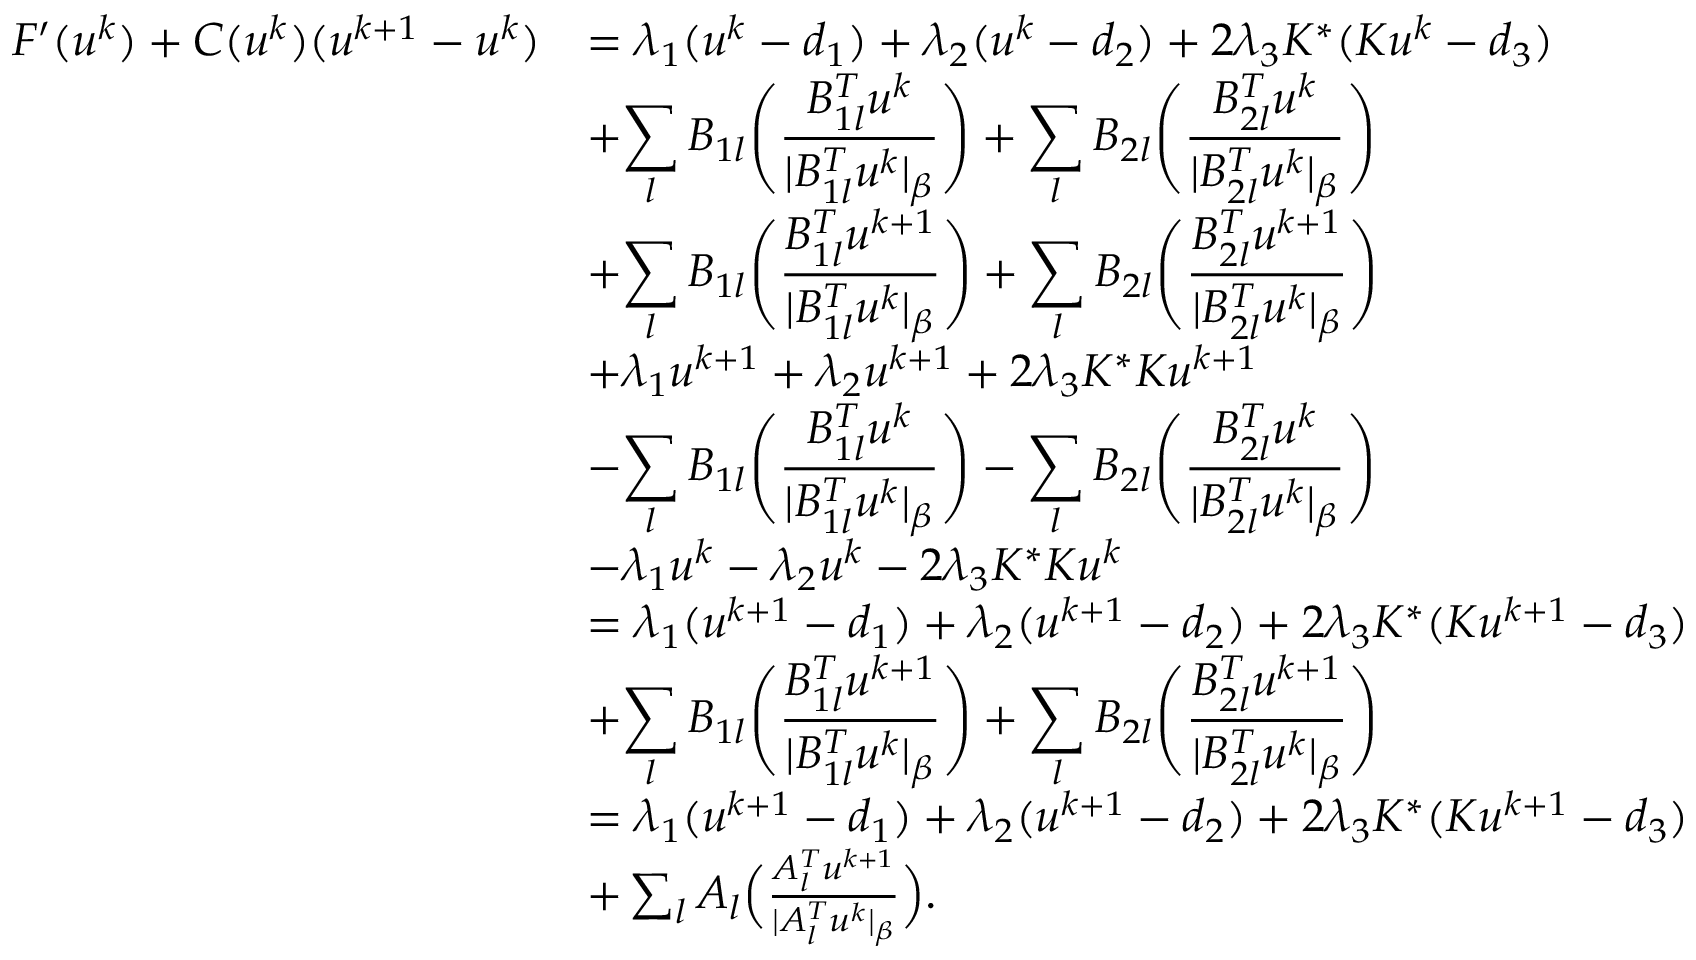
\begin{array} { r l } { F ^ { \prime } ( u ^ { k } ) + C ( u ^ { k } ) ( u ^ { k + 1 } - u ^ { k } ) } & { = \lambda _ { 1 } ( u ^ { k } - d _ { 1 } ) + \lambda _ { 2 } ( u ^ { k } - d _ { 2 } ) + 2 \lambda _ { 3 } K ^ { * } ( K u ^ { k } - d _ { 3 } ) } \\ & { + \displaystyle { \sum _ { l } B _ { 1 l } \Bigg ( \frac { B _ { 1 l } ^ { T } u ^ { k } } { | B _ { 1 l } ^ { T } u ^ { k } | _ { \beta } } \Bigg ) } + \displaystyle { \sum _ { l } B _ { 2 l } \Bigg ( \frac { B _ { 2 l } ^ { T } u ^ { k } } { | B _ { 2 l } ^ { T } u ^ { k } | _ { \beta } } \Bigg ) } } \\ & { + \displaystyle { \sum _ { l } B _ { 1 l } \Bigg ( \frac { B _ { 1 l } ^ { T } u ^ { k + 1 } } { | B _ { 1 l } ^ { T } u ^ { k } | _ { \beta } } \Bigg ) } + \displaystyle { \sum _ { l } B _ { 2 l } \Bigg ( \frac { B _ { 2 l } ^ { T } u ^ { k + 1 } } { | B _ { 2 l } ^ { T } u ^ { k } | _ { \beta } } \Bigg ) } } \\ & { + \lambda _ { 1 } u ^ { k + 1 } + \lambda _ { 2 } u ^ { k + 1 } + 2 \lambda _ { 3 } K ^ { * } K u ^ { k + 1 } } \\ & { - \displaystyle { \sum _ { l } B _ { 1 l } \Bigg ( \frac { B _ { 1 l } ^ { T } u ^ { k } } { | B _ { 1 l } ^ { T } u ^ { k } | _ { \beta } } \Bigg ) } - \displaystyle { \sum _ { l } B _ { 2 l } \Bigg ( \frac { B _ { 2 l } ^ { T } u ^ { k } } { | B _ { 2 l } ^ { T } u ^ { k } | _ { \beta } } \Bigg ) } } \\ & { - \lambda _ { 1 } u ^ { k } - \lambda _ { 2 } u ^ { k } - 2 \lambda _ { 3 } K ^ { * } K u ^ { k } } \\ & { = \lambda _ { 1 } ( u ^ { k + 1 } - d _ { 1 } ) + \lambda _ { 2 } ( u ^ { k + 1 } - d _ { 2 } ) + 2 \lambda _ { 3 } K ^ { * } ( K u ^ { k + 1 } - d _ { 3 } ) } \\ & { + \displaystyle { \sum _ { l } B _ { 1 l } \Bigg ( \frac { B _ { 1 l } ^ { T } u ^ { k + 1 } } { | B _ { 1 l } ^ { T } u ^ { k } | _ { \beta } } \Bigg ) } + \displaystyle { \sum _ { l } B _ { 2 l } \Bigg ( \frac { B _ { 2 l } ^ { T } u ^ { k + 1 } } { | B _ { 2 l } ^ { T } u ^ { k } | _ { \beta } } \Bigg ) } } \\ & { = \lambda _ { 1 } ( u ^ { k + 1 } - d _ { 1 } ) + \lambda _ { 2 } ( u ^ { k + 1 } - d _ { 2 } ) + 2 \lambda _ { 3 } K ^ { * } ( K u ^ { k + 1 } - d _ { 3 } ) } \\ & { + \sum _ { l } A _ { l } \Big ( \frac { A _ { l } ^ { T } u ^ { k + 1 } } { | A _ { l } ^ { T } u ^ { k } | _ { \beta } } \Big ) . } \end{array}